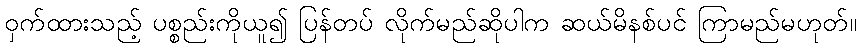
ဝှက်ထားသည့် ပစ္စည်းကိုယူ၍ ပြန်တပ် လိုက်မည်ဆိုပါက ဆယ်မိနစ်ပင် ကြာမည်မဟုတ်။